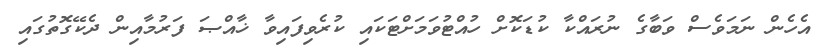
އެހެން ނަމަވެސް ވަބާގެ ނުރައްކާ ކުޑަކޮށް ހުއްޓުވަމަށްޓަކައި ކުރެވިފައިވާ ޚާއްޞަ ފަރުމާއިން ދެކޭގޮތުގައި